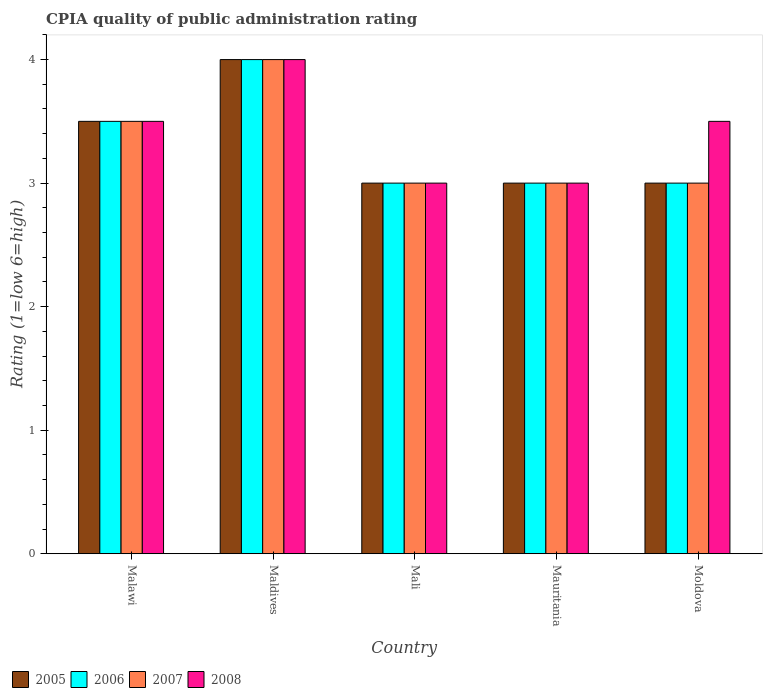
| Country | 2005 | 2006 | 2007 | 2008 |
 | --- | --- | --- | --- | --- |
 | Malawi | 3.5 | 3.5 | 3.5 | 3.5 |
 | Maldives | 4 | 4 | 4 | 4 |
 | Mali | 3 | 3 | 3 | 3 |
 | Mauritania | 3 | 3 | 3 | 3 |
 | Moldova | 3 | 3 | 3 | 3.5 |